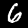
Label: 6